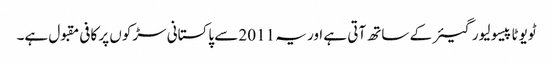
ٹویوٹا پیسو لیور گیئر کے ساتھ آتی ہے اور یہ 2011 سے پاکستانی سڑکوں پر کافی مقبول ہے۔